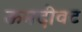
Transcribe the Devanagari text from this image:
ऊमदीवट